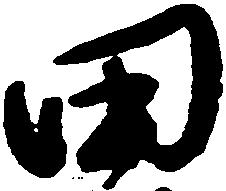
田